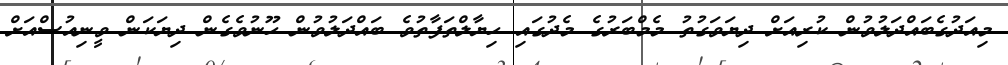
މިއަދުގެބައްދަލުވުން ކުރިއަށް ދިޔަވަގުތު މެމްބަރުގެ މެދުގައި ހިޔާލްތަފާތުވެ ބައްދަލުވުން ހޫނުވެގެން ދިޔަކަން ވީނިއުސްއަށް